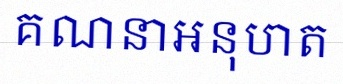
គណនាអនុបាត